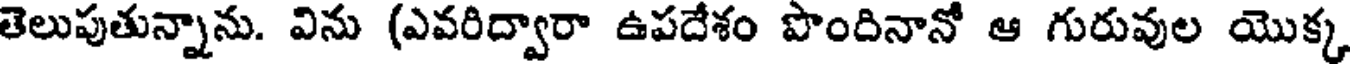
తెలుపుతున్నాను. విను (ఎవరిద్వారా ఉపదేశం పొందినానో ఆ గురువుల యొక్క